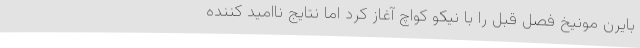
بایرن مونیخ فصل قبل را با نیکو کواچ آغاز کرد اما نتایج ناامید کننده